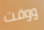
ووقت